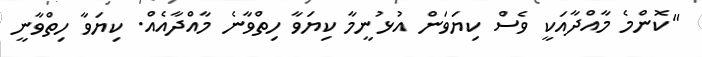
"ކޮންމެ މާއްދާއަކީ ވެސް ކިޔަވަން އުޅުނީމާ ކިޔަވާ ހިތްވާނެ މާއްދާއެއް. ކިޔަވާ ހިތްވާނީ